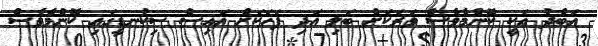
އަބްދު އަކީ ކޮންމެވެސް ވަރަކަށް ބަލި އަދި ފަހަކަށް އައިސް ސިކުނޑީގައި ކޮންމެވެސް